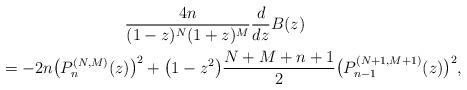
LaTeX: \begin{gather*} \frac{4n}{(1-z) ^{N}(1+z) ^{M}}\frac{d}{dz}B(z) \\ \qquad{} =-2n\big( P_{n}^{(N,M) }(z) \big) ^{2}+\big( 1-z^{2}\big) \frac{N+M+n+1}{2}\big( P_{n-1}^{ ( N+1,M+1) }(z) \big) ^{2},\end{gather*}